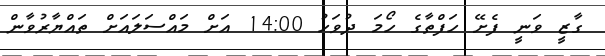
ގާޒީ ވަނީ ފެށޭ ހަފްތާގެ ހޯމަ ދުވަހު 14:00 އަށް މައްސަލައަށް ތައްޔާރުވާން